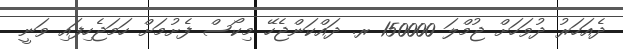
ދެއަހަރު ދުވަހަށް ޖުމްލަ 150000 ރ. ދައްކަންޖެހޭ މިކޯސް ފެށުމަށް ހަމަޖެހިފައި ވަނީ